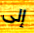
إلى